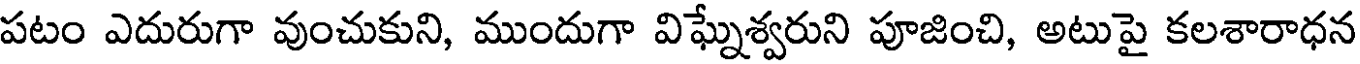
పటం ఎదురుగా వుంచుకుని, ముందుగా విఘ్నేశ్వరుని పూజించి, అటుపై కలశారాధన